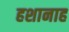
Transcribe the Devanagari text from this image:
हशानाह